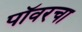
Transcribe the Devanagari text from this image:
पॉवरचा